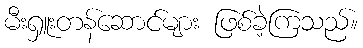
မီးရှူးတန်ဆောင်များ ဖြစ်ခဲ့ကြသည်။